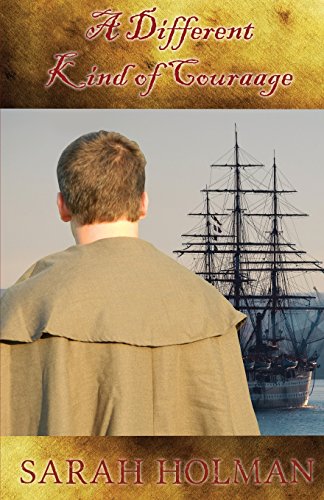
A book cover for A Different Kind of Courage; Sarah Holman; Literature & Fiction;